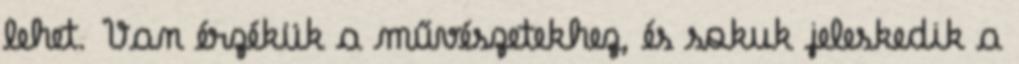
lehet. Van érzékük a művészetekhez, és sokuk jeleskedik a